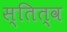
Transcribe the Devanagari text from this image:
स्तित्व